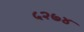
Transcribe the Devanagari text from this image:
५२७४